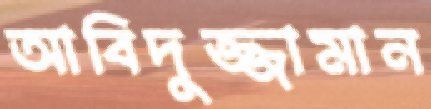
আবিদুজ্জামান